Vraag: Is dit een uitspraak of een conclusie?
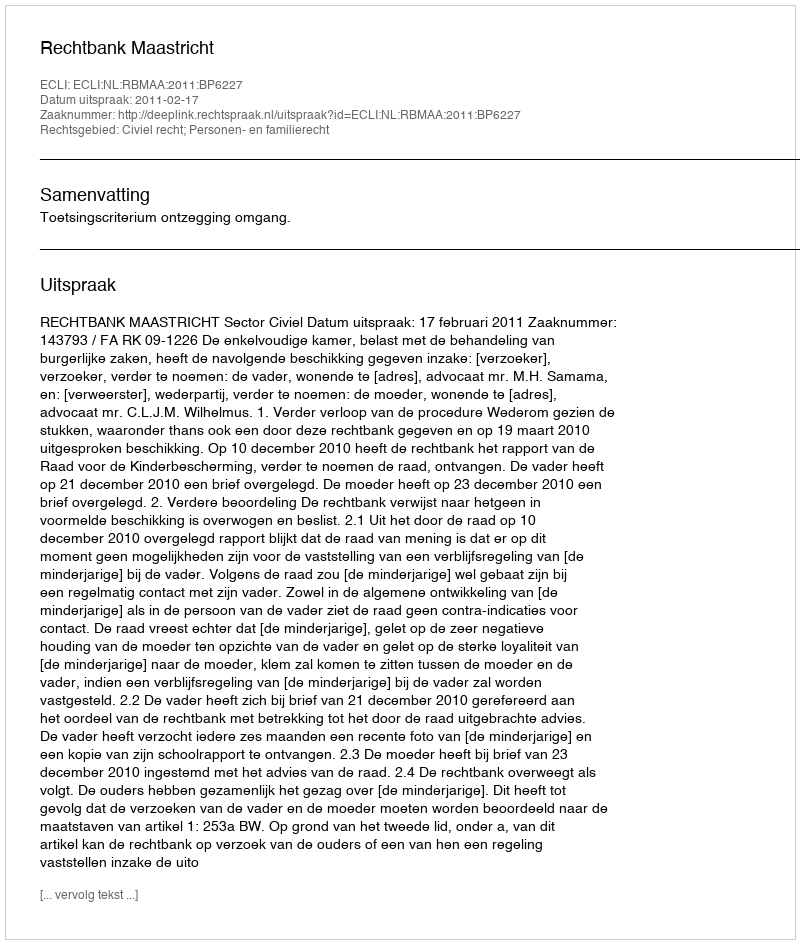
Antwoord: Uitspraak